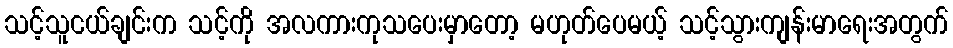
သင့်သူငယ်ချင်းက သင့်ကို အလကားကုသပေးမှာတော့ မဟုတ်ပေမယ့် သင့်သွားကျန်းမာရေးအတွက်